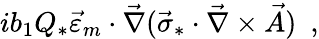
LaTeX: ib_{1}Q_{*}\vec{\varepsilon}_{m}\cdot\vec{\nabla}(\vec{\sigma}_{*}\cdot\vec{\nabla}\times\vec{A})\, \, \, ,